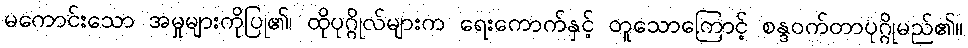
မကောင်းသော အမှုများကိုပြု၏၊ ထိုပုဂ္ဂိုလ်များက ရေးကောက်နှင့် တူသောကြောင့် စန္ဒဝက်တာပုဂ္ဂိုမည်၏။